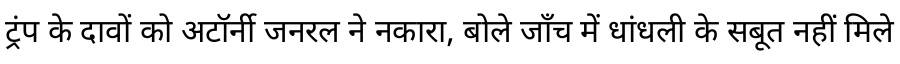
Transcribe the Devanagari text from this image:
ट्रंप के दावों को अटॉर्नी जनरल ने नकारा, बोले जाँच में धांधली के सबूत नहीं मिले